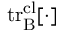
\mathrm { t r } _ { \mathrm { B } } ^ { \mathrm { c l } } [ \cdot ]